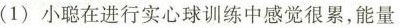
(1)小聪在进行实心球训练中感觉很累，能量